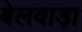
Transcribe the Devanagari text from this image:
बेलवाड़ा